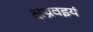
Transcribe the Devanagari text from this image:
क्षथ्रवइयं